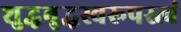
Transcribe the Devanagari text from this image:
शुद्धबुद्धस्वरूपस्त्वं